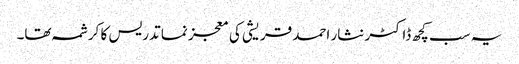
یہ سب کچھ ڈاکٹر نثار احمد قریشی کی معجز نما تدریس کا کرشمہ تھا۔